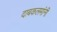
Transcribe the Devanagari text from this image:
दाबकलमांनी